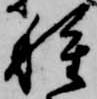
種